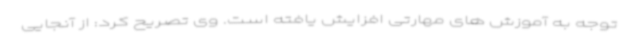
توجه به آموزش های مهارتی افزایش یافته است. وی تصریح کرد: از آنجایی